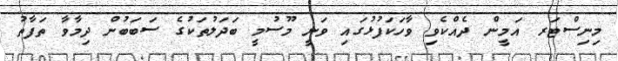
މިނިސްޓަރ އަމީން ދެއްކެވި ވާހަކަފުޅުގައި ވަނީ މޫސުމީ ބަދަލުތަކުގެ ސަބަބުން ދިމާވާ ތަފާތު